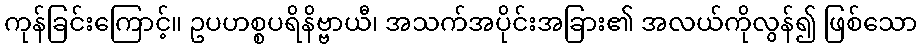
ကုန်ခြင်းကြောင့်။ ဥပဟစ္စပရိနိဗ္ဗာယီ၊ အသက်အပိုင်းအခြား၏ အလယ်ကိုလွန်၍ ဖြစ်သော